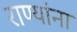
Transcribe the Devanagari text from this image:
राण्यांना